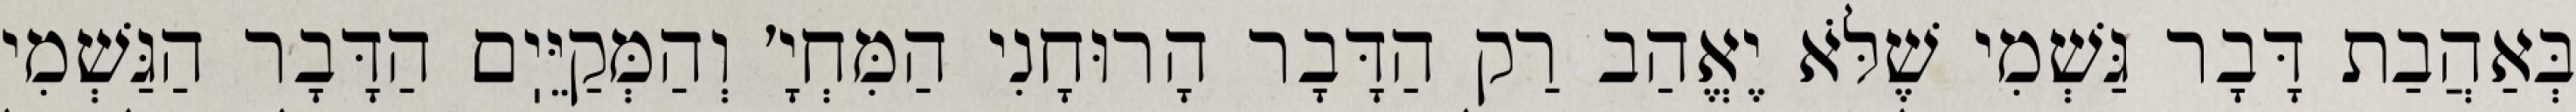
בְּאַהֲבַת דָּבָר גַּשְׁמִי שֶׁלֹּא יֶאֱהַב רַק הַדָּבָר הָרוּחָנִי הַמִּחְיָ׳ וְהַמְּקַיֵּיֽם הַדָּבָר הַגַּשְׁמִי